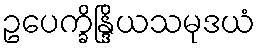
ဥပေက္ခိန္ဒြိယသမုဒယံ